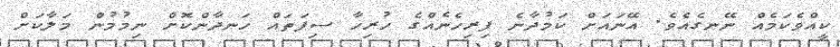
ކީއްވެކަމެއް ނޭނގެއެވެ. އޭނައަށް ކަމުދާނެ ފިރިހެނެއްގެ ހުރިހާ ސިފަތައް ހަނދާންކޮށް ނިމުމުން މަލާކަށް